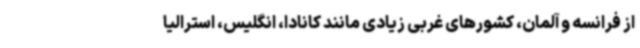
از فرانسه و آلمان، کشورهای غربی زیادی مانند کانادا، انگلیس، استرالیا